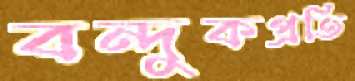
বন্দুকপ্রতি